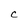
Character: C